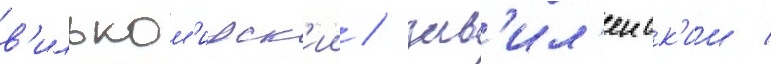
в'ильком'ирск'ии / зав'ил'еиск'ии /